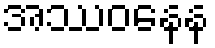
အဿဝနေန